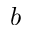
b